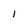
Character: 1